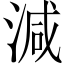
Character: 減